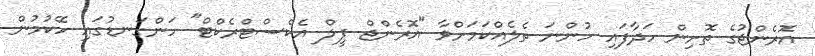
އޮރެންޖުގެ ތޮށިން ހަދާފައި ހުންނަ ތެލެއްކަމަށްވާ "އޮރެންޖް ޕީލް އެކްސްޓްރެކްޓް" ހަންގަނޑުގައި ހޭކުމުން